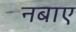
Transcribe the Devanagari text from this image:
नबाए